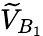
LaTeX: \widetilde{V}_{B_{1}}